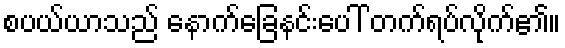
စပယ်ယာသည် နောက်ခြေနင်းပေါ် တက်ရပ်လိုက်၏။